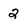
Character: 2